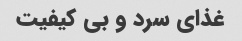
غذای سرد و بی کیفیت